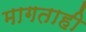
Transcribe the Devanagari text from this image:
मागताही